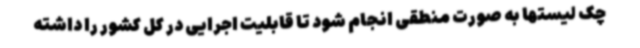
چک لیستها به صورت منطقی انجام شود تا قابلیت اجرایی در کل کشور را داشته